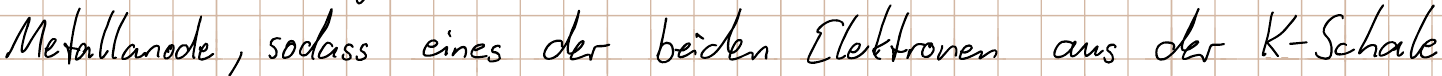
Metallanode, sodass eines der beiden Elektronen aus der K-Schale